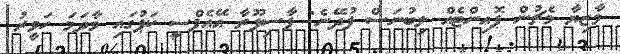
މާޒިޔާ މެޗުން ޕޮއިންޓެއް ލިބުނަސް ފުދޭނެ: ޕާސިޕޫރާ އޭއެފްސީ ކަޕުގައި މާދަމަ ހަވީރު